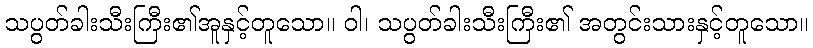
သပွတ်ခါးသီးကြီး၏အူနှင့်တူသော။ ဝါ၊ သပွတ်ခါးသီးကြီး၏ အတွင်းသားနှင့်တူသော။